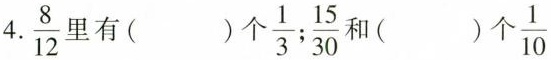
4.\frac{8}{12}里有()个\frac{1}{3};\frac{15}{30}和( )个\frac{1}{10}